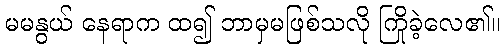
မမနွယ် နေရာက ထ၍ ဘာမှမဖြစ်သလို ကြိုခဲ့လေ၏။